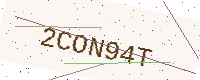
Text: 2CON94T